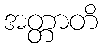
အတ္တာတိ